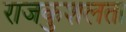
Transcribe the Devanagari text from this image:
राजकुशलता